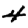
Digit: 4